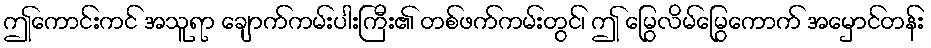
ဤကောင်းကင် အသူရာ ချောက်ကမ်းပါးကြီး၏ တစ်ဖက်ကမ်းတွင်၊ ဤ မြွေလိမ်မြွေကောက် အမှောင်တန်း